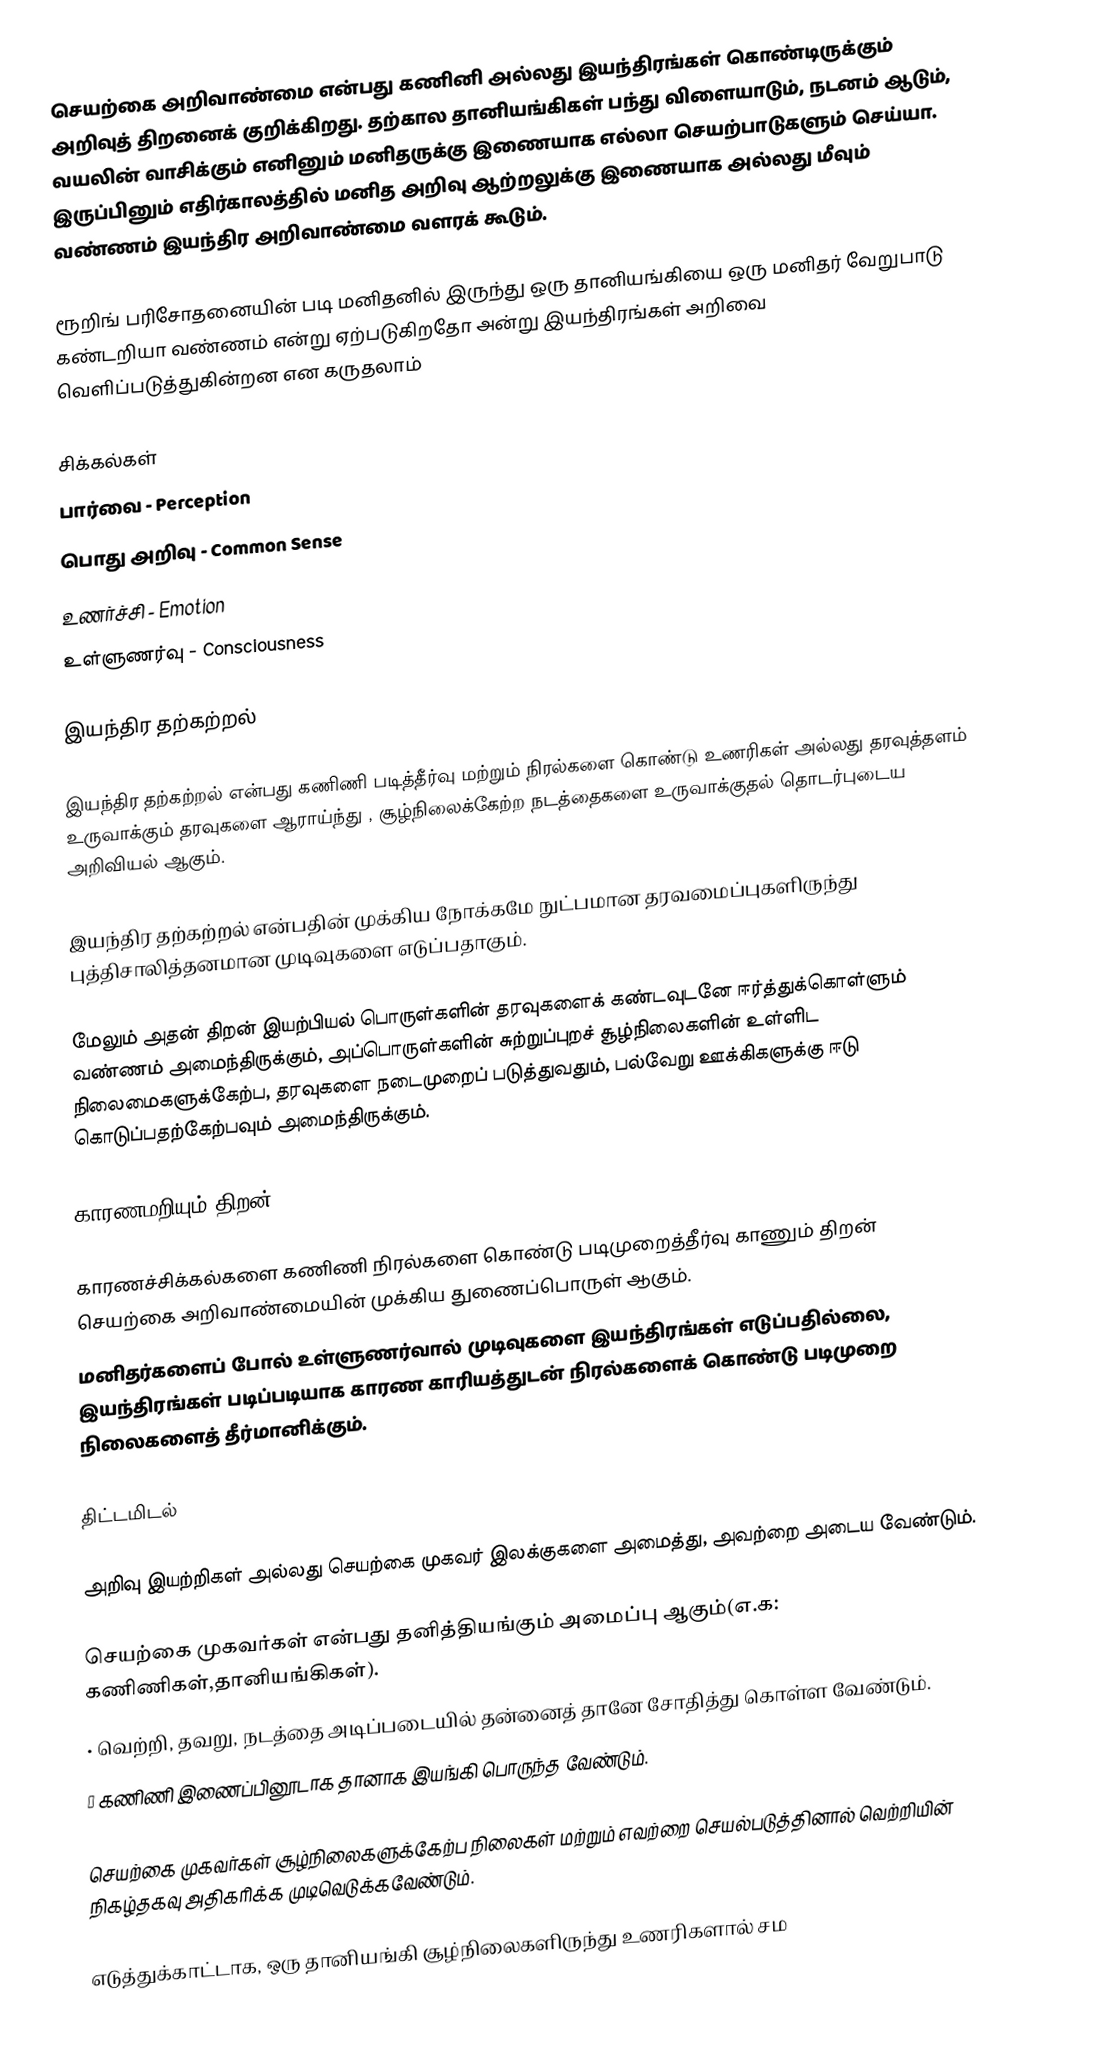
செயற்கை அறிவாண்மை என்பது கணினி அல்லது இயந்திரங்கள் கொண்டிருக்கும் அறிவுத் திறனைக் குறிக்கிறது. தற்கால தானியங்கிகள் பந்து விளையாடும், நடனம் ஆடும், வயலின் வாசிக்கும் எனினும் மனிதருக்கு இணையாக எல்லா செயற்பாடுகளும் செய்யா. இருப்பினும் எதிர்காலத்தில் மனித அறிவு ஆற்றலுக்கு இணையாக அல்லது மீவும் வண்ணம் இயந்திர அறிவாண்மை வளரக் கூடும்.

ரூறிங் பரிசோதனையின் படி மனிதனில் இருந்து ஒரு தானியங்கியை ஒரு மனிதர் வேறுபாடு கண்டறியா வண்ணம் என்று ஏற்படுகிறதோ அன்று இயந்திரங்கள் அறிவை வெளிப்படுத்துகின்றன என கருதலாம்

சிக்கல்கள்
 பார்வை - Perception
 பொது அறிவு - Common Sense
 உணர்ச்சி - Emotion
 உள்ளுணர்வு - Consciousness

இயந்திர தற்கற்றல்

இயந்திர தற்கற்றல் என்பது கணிணி படித்தீர்வு மற்றும் நிரல்களை கொண்டு உணரிகள் அல்லது தரவுத்தளம் உருவாக்கும் தரவுகளை ஆராய்ந்து , சூழ்நிலைக்கேற்ற நடத்தைகளை உருவாக்குதல் தொடர்புடைய அறிவியல் ஆகும்.

இயந்திர தற்கற்றல் என்பதின் முக்கிய நோக்கமே நுட்பமான தரவமைப்புகளிருந்து புத்திசாலித்தனமான முடிவுகளை எடுப்பதாகும்.

மேலும் அதன் திறன் இயற்பியல் பொருள்களின் தரவுகளைக் கண்டவுடனே ஈர்த்துக்கொள்ளும் வண்ணம் அமைந்திருக்கும், அப்பொருள்களின் சுற்றுப்புறச் சூழ்நிலைகளின் உள்ளிட நிலைமைகளுக்கேற்ப, தரவுகளை நடைமுறைப் படுத்துவதும், பல்வேறு ஊக்கிகளுக்கு ஈடு கொடுப்பதற்கேற்பவும் அமைந்திருக்கும்.

காரணமறியும் திறன்

காரணச்சிக்கல்களை கணிணி நிரல்களை கொண்டு படிமுறைத்தீர்வு காணும் திறன் செயற்கை அறிவாண்மையின் முக்கிய துணைப்பொருள் ஆகும்.
மனிதர்களைப் போல் உள்ளுணர்வால் முடிவுகளை இயந்திரங்கள் எடுப்பதில்லை, இயந்திரங்கள் படிப்படியாக காரண காரியத்துடன் நிரல்களைக் கொண்டு படிமுறை நிலைகளைத் தீர்மானிக்கும்.

திட்டமிடல்

அறிவு இயற்றிகள் அல்லது செயற்கை முகவர் இலக்குகளை அமைத்து, அவற்றை அடைய வேண்டும்.

செயற்கை முகவர்கள் என்பது தனித்தியங்கும் அமைப்பு ஆகும்(எ.க: கணிணிகள்,தானியங்கிகள்).
•	வெற்றி, தவறு, நடத்தை அடிப்படையில் தன்னைத் தானே சோதித்து கொள்ள வேண்டும்.
•	கணிணி இணைப்பினூடாக தானாக இயங்கி பொருந்த வேண்டும்.

செயற்கை முகவர்கள் சூழ்நிலைகளுக்கேற்ப நிலைகள் மற்றும் எவற்றை செயல்படுத்தினால் வெற்றியின் நிகழ்தகவு அதிகரிக்க முடிவெடுக்கவேண்டும்.

எடுத்துக்காட்டாக, ஒரு தானியங்கி சூழ்நிலைகளிருந்து உணரிகளால் சம